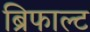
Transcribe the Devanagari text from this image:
ब्रिफाल्ट